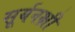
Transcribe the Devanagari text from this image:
सूर्यनक्षी